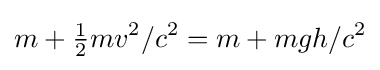
m+{{\tfrac {1}{2}}mv^{2}}/{c^{2}}=m+{mgh}/{c^{2}}